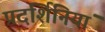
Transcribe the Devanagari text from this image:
प्रदर्शिनियां